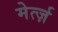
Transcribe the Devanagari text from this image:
मेर्त्ज़